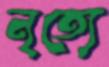
নৃত্যে